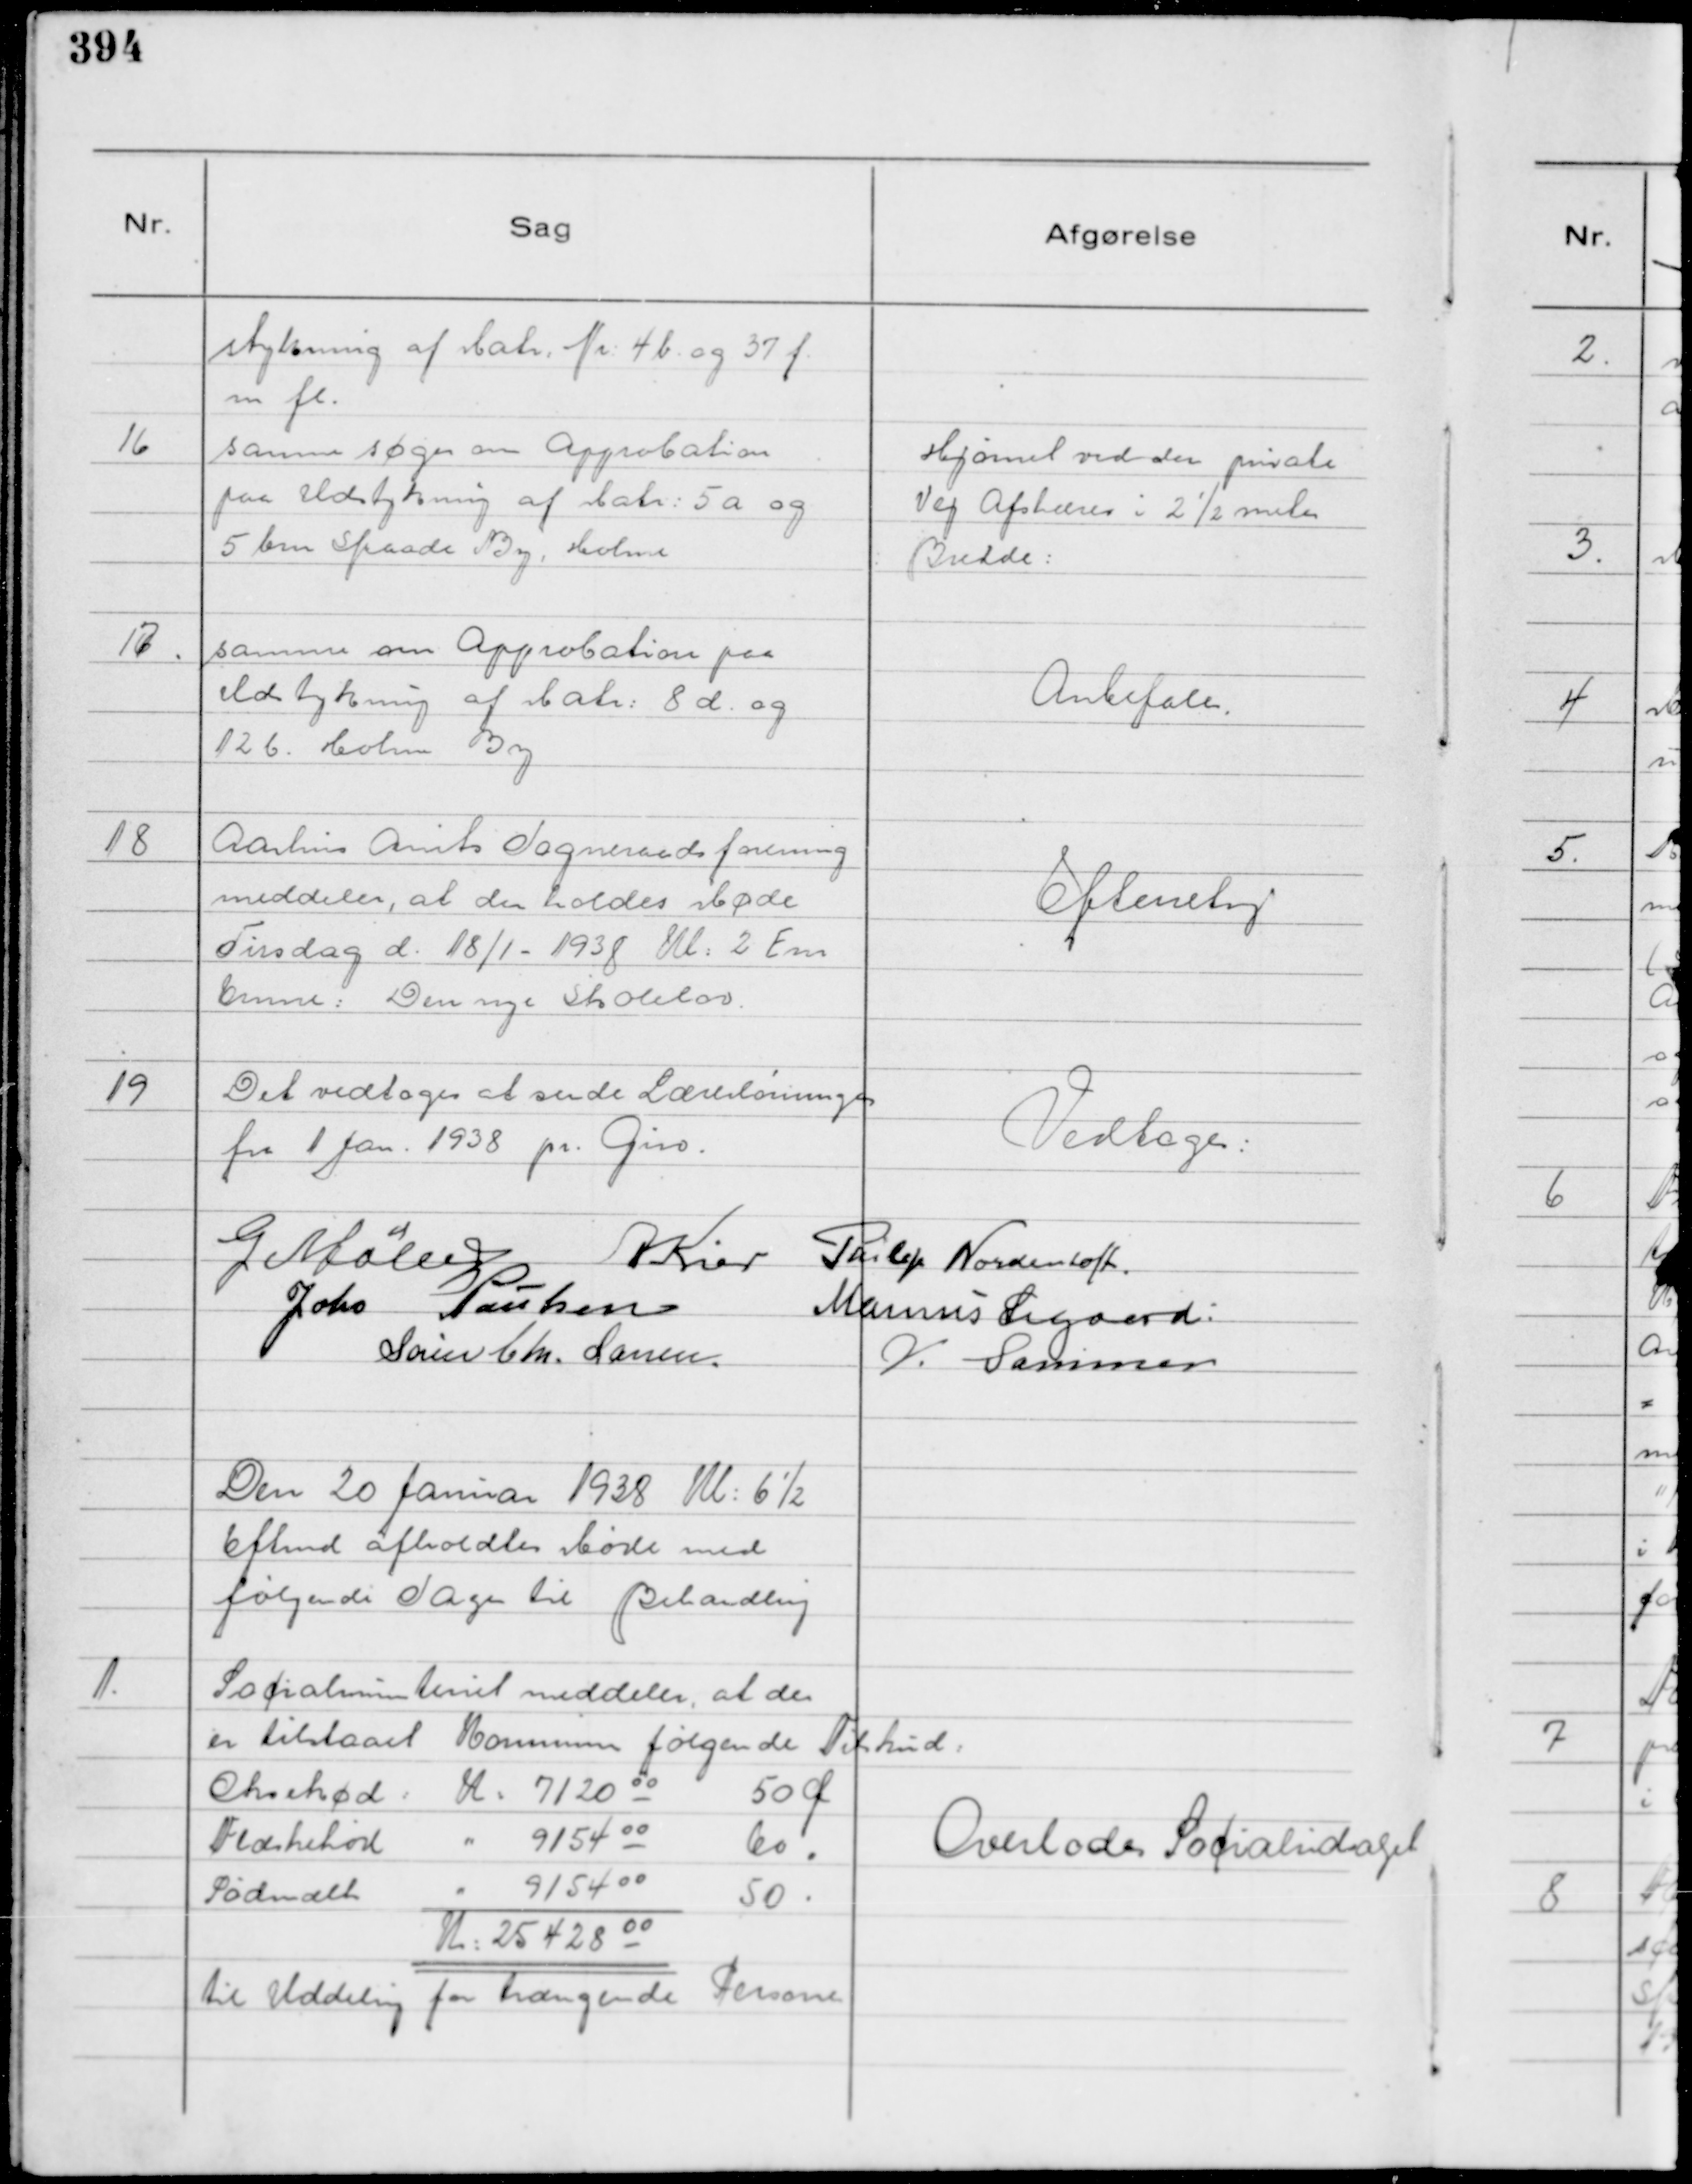
Transskription:
stykning af Matr: Nr: 4 b. og 37 f.
m fl.

16
samme søger om Approbation
paa Udstykning af Matr: 5 a og
5 bm Skaade By, Holme

Hjørnet ved den private
Vej Afskæres i 2½ meter
Bredde:

17.
samme om Approbation paa
Udstykning af Matr: 8 d. og
12 b. Holme By

Anbefales.

18
Aarhus Amts Sogneraadsforening
meddeler, at der holdes Møde
Tirsdag d. 18/1 - 1938 Kl: 2 Em
Emne: Den nye Skolelov.

Efterretng

19
Det vedtoges at sende Lærerlønninger
fra 1 Jan. 1938 pr. Giro.

Vedtoges:

G Møller
A Kier
Philip Nordentoft.
Johs Poulsen
Marinus Sigaard:
Søren Chr. Larsen.
V. Sommer

Den 20 Januar 1938 Kl: 6½
Eftmd afholdtes Møde med
følgende Sager til Behandling

1.
Socialministeriet meddeler, at der
er tilstaaet Kommunen følgende Tilskud:
Oksekød: K: 7120 00
50 Ø
Flæskekød " 9154 00
60 "
Sødmælk " 9154 00
50 "

K: 25428 00

til Uddeling for trængende Personer

Overlodes Socialudvalget